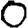
Digit: 0